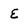
Character: E